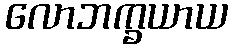
လောဘက္ခယာယ